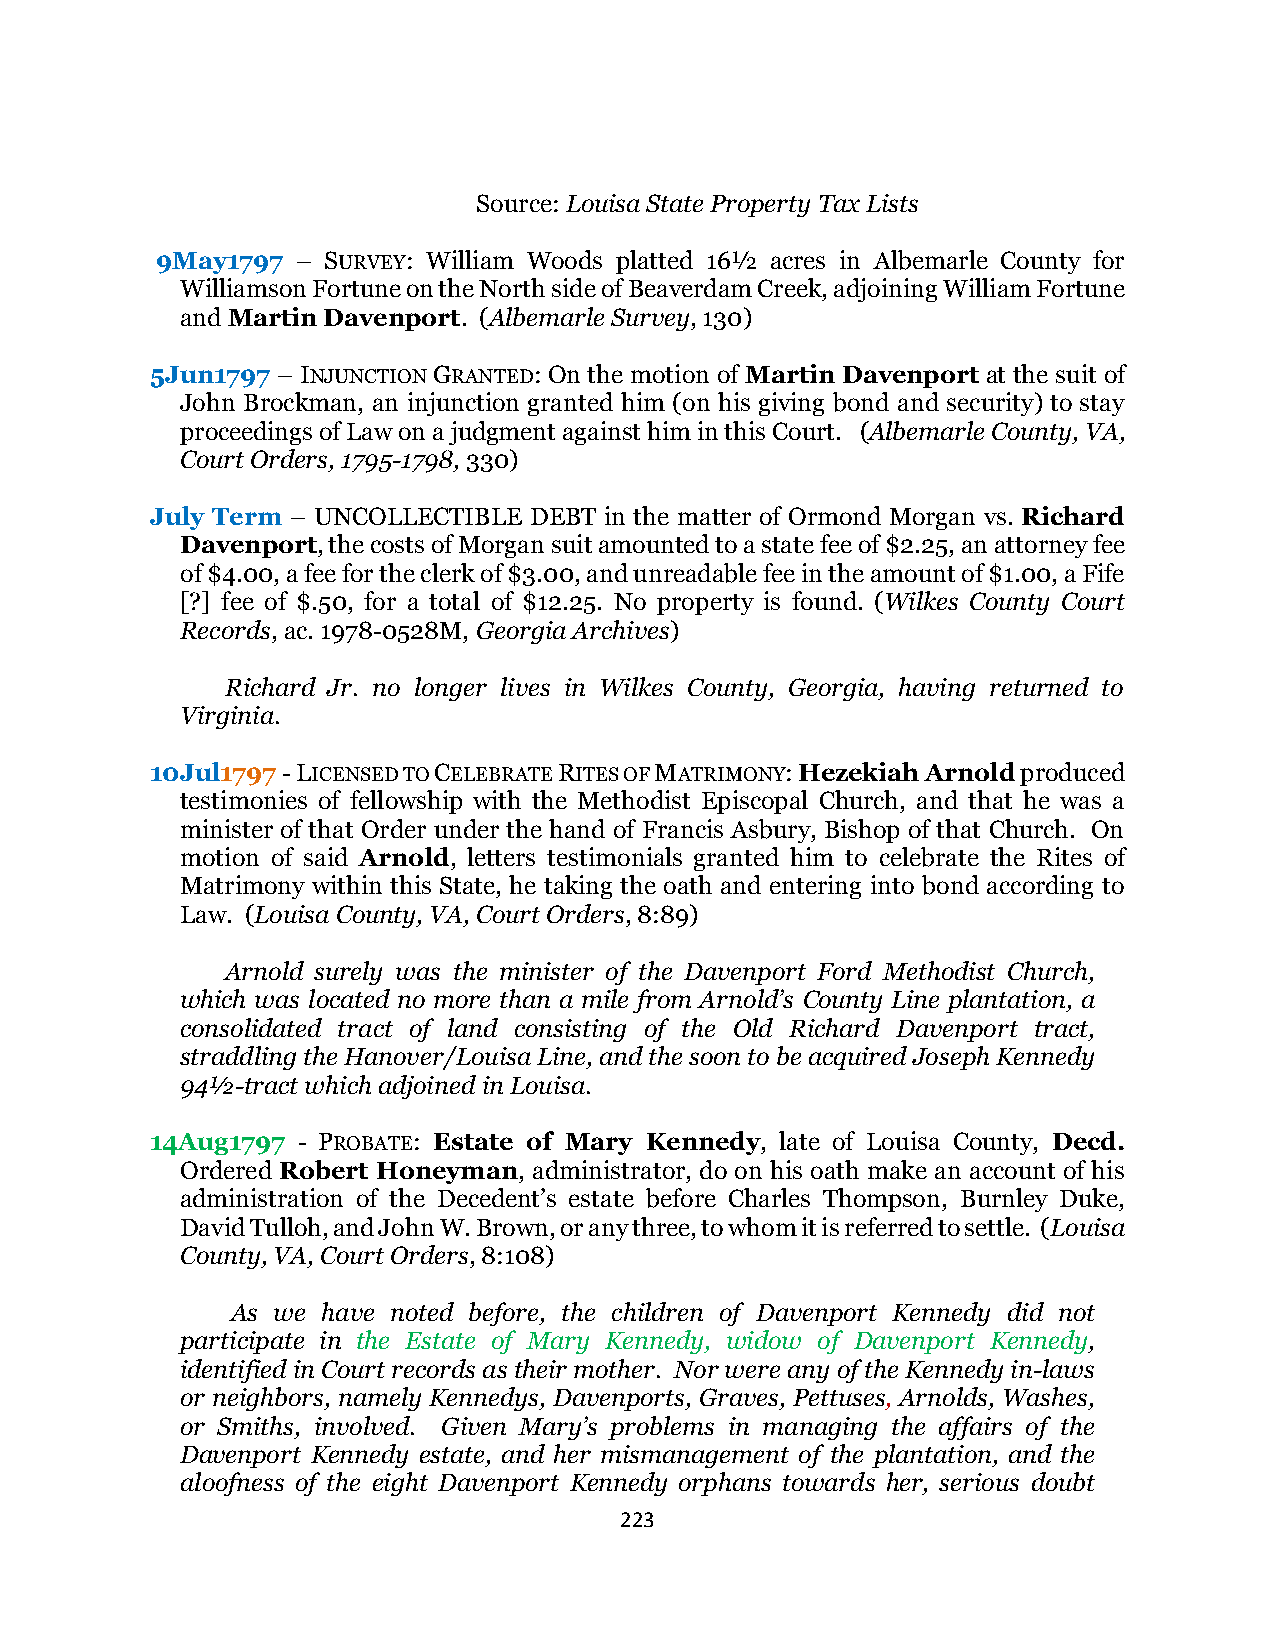
Source: Louisa State Property Tax Lists
 9May1797  – SURVEY: William Woods platted 16½ acres in Albemarle County for
 Williamson Fortune on the North side of Beaverdam Creek, adjoining William Fortune
 and Martin Davenport. (Albemarle Survey, 130)
 5Jun1797 – INJUNCTION GRANTED: On the motion of Martin Davenport at the suit of
 John Brockman, an injunction granted him (on his giving bond and security) to stay
 proceedings of Law on a judgment against him in this Court. (Albemarle County, VA,
 Court Orders, 1795-1798, 330)
 July Term – UNCOLLECTIBLE DEBT in the matter of Ormond Morgan vs. Richard
 Davenport, the costs of Morgan suit amounted to a state fee of $2.25, an attorney fee
 of $4.00, a fee for the clerk of $3.00, and unreadable fee in the amount of $1.00, a Fife
 [?] fee of $.50, for a total of $12.25. No property is found. (Wilkes County Court
 Records, ac. 1978-0528M, Georgia Archives)
 Richard Jr. no longer lives in Wilkes County, Georgia, having returned to
 Virginia.
 10Jul1797 - LICENSED TO CELEBRATE RITES OF MATRIMONY: Hezekiah Arnold produced
 testimonies of fellowship with the Methodist Episcopal Church, and that he was a
 minister of that Order under the hand of Francis Asbury, Bishop of that Church. On
 motion of said Arnold, letters testimonials granted him to celebrate the Rites of
 Matrimony within this State, he taking the oath and entering into bond according to
 Law. (Louisa County, VA, Court Orders, 8:89)
 Arnold surely was the minister of the Davenport Ford Methodist Church,
 which was located no more than a mile from Arnold’s County Line plantation, a
 consolidated tract of land consisting of the Old Richard Davenport tract,
 straddling the Hanover/Louisa Line, and the soon to be acquired Joseph Kennedy
 94½-tract which adjoined in Louisa.
 14Aug1797 - PROBATE: Estate of Mary Kennedy, late of Louisa County, Decd.
 Ordered Robert Honeyman, administrator, do on his oath make an account of his
 administration of the Decedent’s estate before Charles Thompson, Burnley Duke,
 David Tulloh, and John W. Brown, or any three, to whom it is referred to settle. (Louisa
 County, VA, Court Orders, 8:108)
 As we have noted before, the children of Davenport Kennedy did not
 participate in the Estate of Mary Kennedy, widow of Davenport Kennedy,
 identified in Court records as their mother. Nor were any of the Kennedy in-laws
 or neighbors, namely Kennedys, Davenports, Graves, Pettuses, Arnolds, Washes,
 or Smiths, involved. Given Mary’s problems in managing the affairs of the
 Davenport Kennedy estate, and her mismanagement of the plantation, and the
 aloofness of the eight Davenport Kennedy orphans towards her, serious doubt
 223